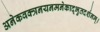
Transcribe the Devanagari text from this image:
अनेकवक्त्रनयनमनेकाद्भुतदर्शनम्‌।